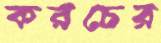
করচের